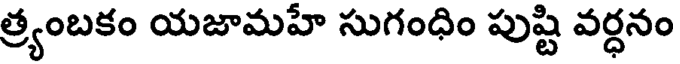
త్ర్యంబకం యజామహే సుగంధిం పుష్టి వర్ధనం